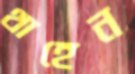
থাহেন